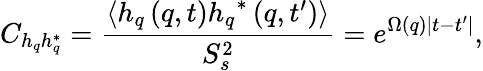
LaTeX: C_{h_{q}h_{q}^{*}}=\frac{\left\langle h_{q}\left(q,t\right){{h_{q}}^{*}}\left(q,t^{\prime}\right)\right\rangle}{S_{s}^{2}}={{e}^{\Omega\left(q\right)\left|t-t^{\prime}\right|}},